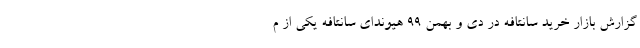
گزارش بازار خرید سانتافه در دی و بهمن 99 هیوندای سانتافه یکی از م